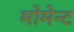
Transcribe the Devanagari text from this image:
मोमेन्ट